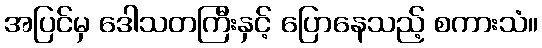
အပြင်မှ ဒေါသတကြီးနှင့် ပြောနေသည့် စကားသံ။